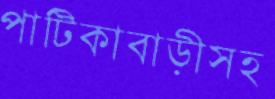
পাটিকাবাড়ীসহ